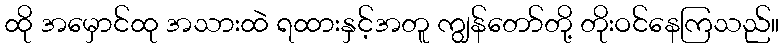
ထို အမှောင်ထု အသားထဲ ရထားနှင့်အတူ ကျွန်တော်တို့ တိုးဝင်နေကြသည်။